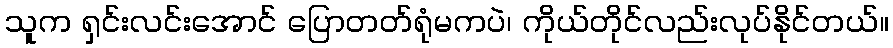
သူက ရှင်းလင်းအောင် ပြောတတ်ရုံမကပဲ၊ ကိုယ်တိုင်လည်းလုပ်နိုင်တယ်။